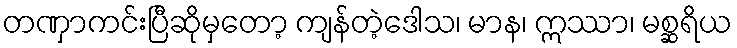
တဏှာကင်းပြီဆိုမှတော့ ကျန်တဲ့ဒေါသ၊ မာန၊ ဣဿာ၊ မစ္ဆရိယ